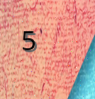
5